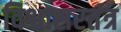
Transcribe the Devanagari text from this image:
विश्वासरतंत्र